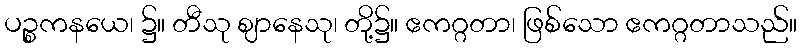
ပဉ္စကနယေ၊ ၌။ တီသု ဈာနေသု၊ တို့၌။ ဧကဂ္ဂတာ၊ ဖြစ်သော ဧကဂ္ဂတာသည်။